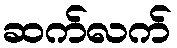
ဆက်လက်